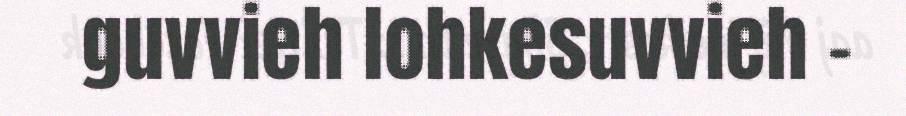
guvvieh lohkesuvvieh -